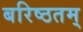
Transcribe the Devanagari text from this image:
बरिष्ठतम्